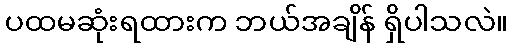
ပထမဆုံးရထားက ဘယ်အချိန် ရှိပါသလဲ။